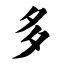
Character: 多